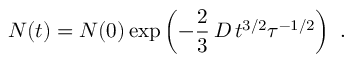
N ( t ) = N ( 0 ) \exp \left( - \frac { 2 } { 3 } \, D \, t ^ { 3 / 2 } \tau ^ { - 1 / 2 } \right) \ .